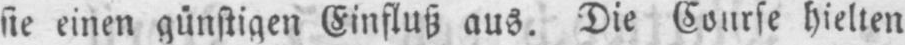
sie einen günstigen Einfluß aus. Die Course hielten